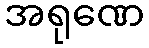
အရုဏေ